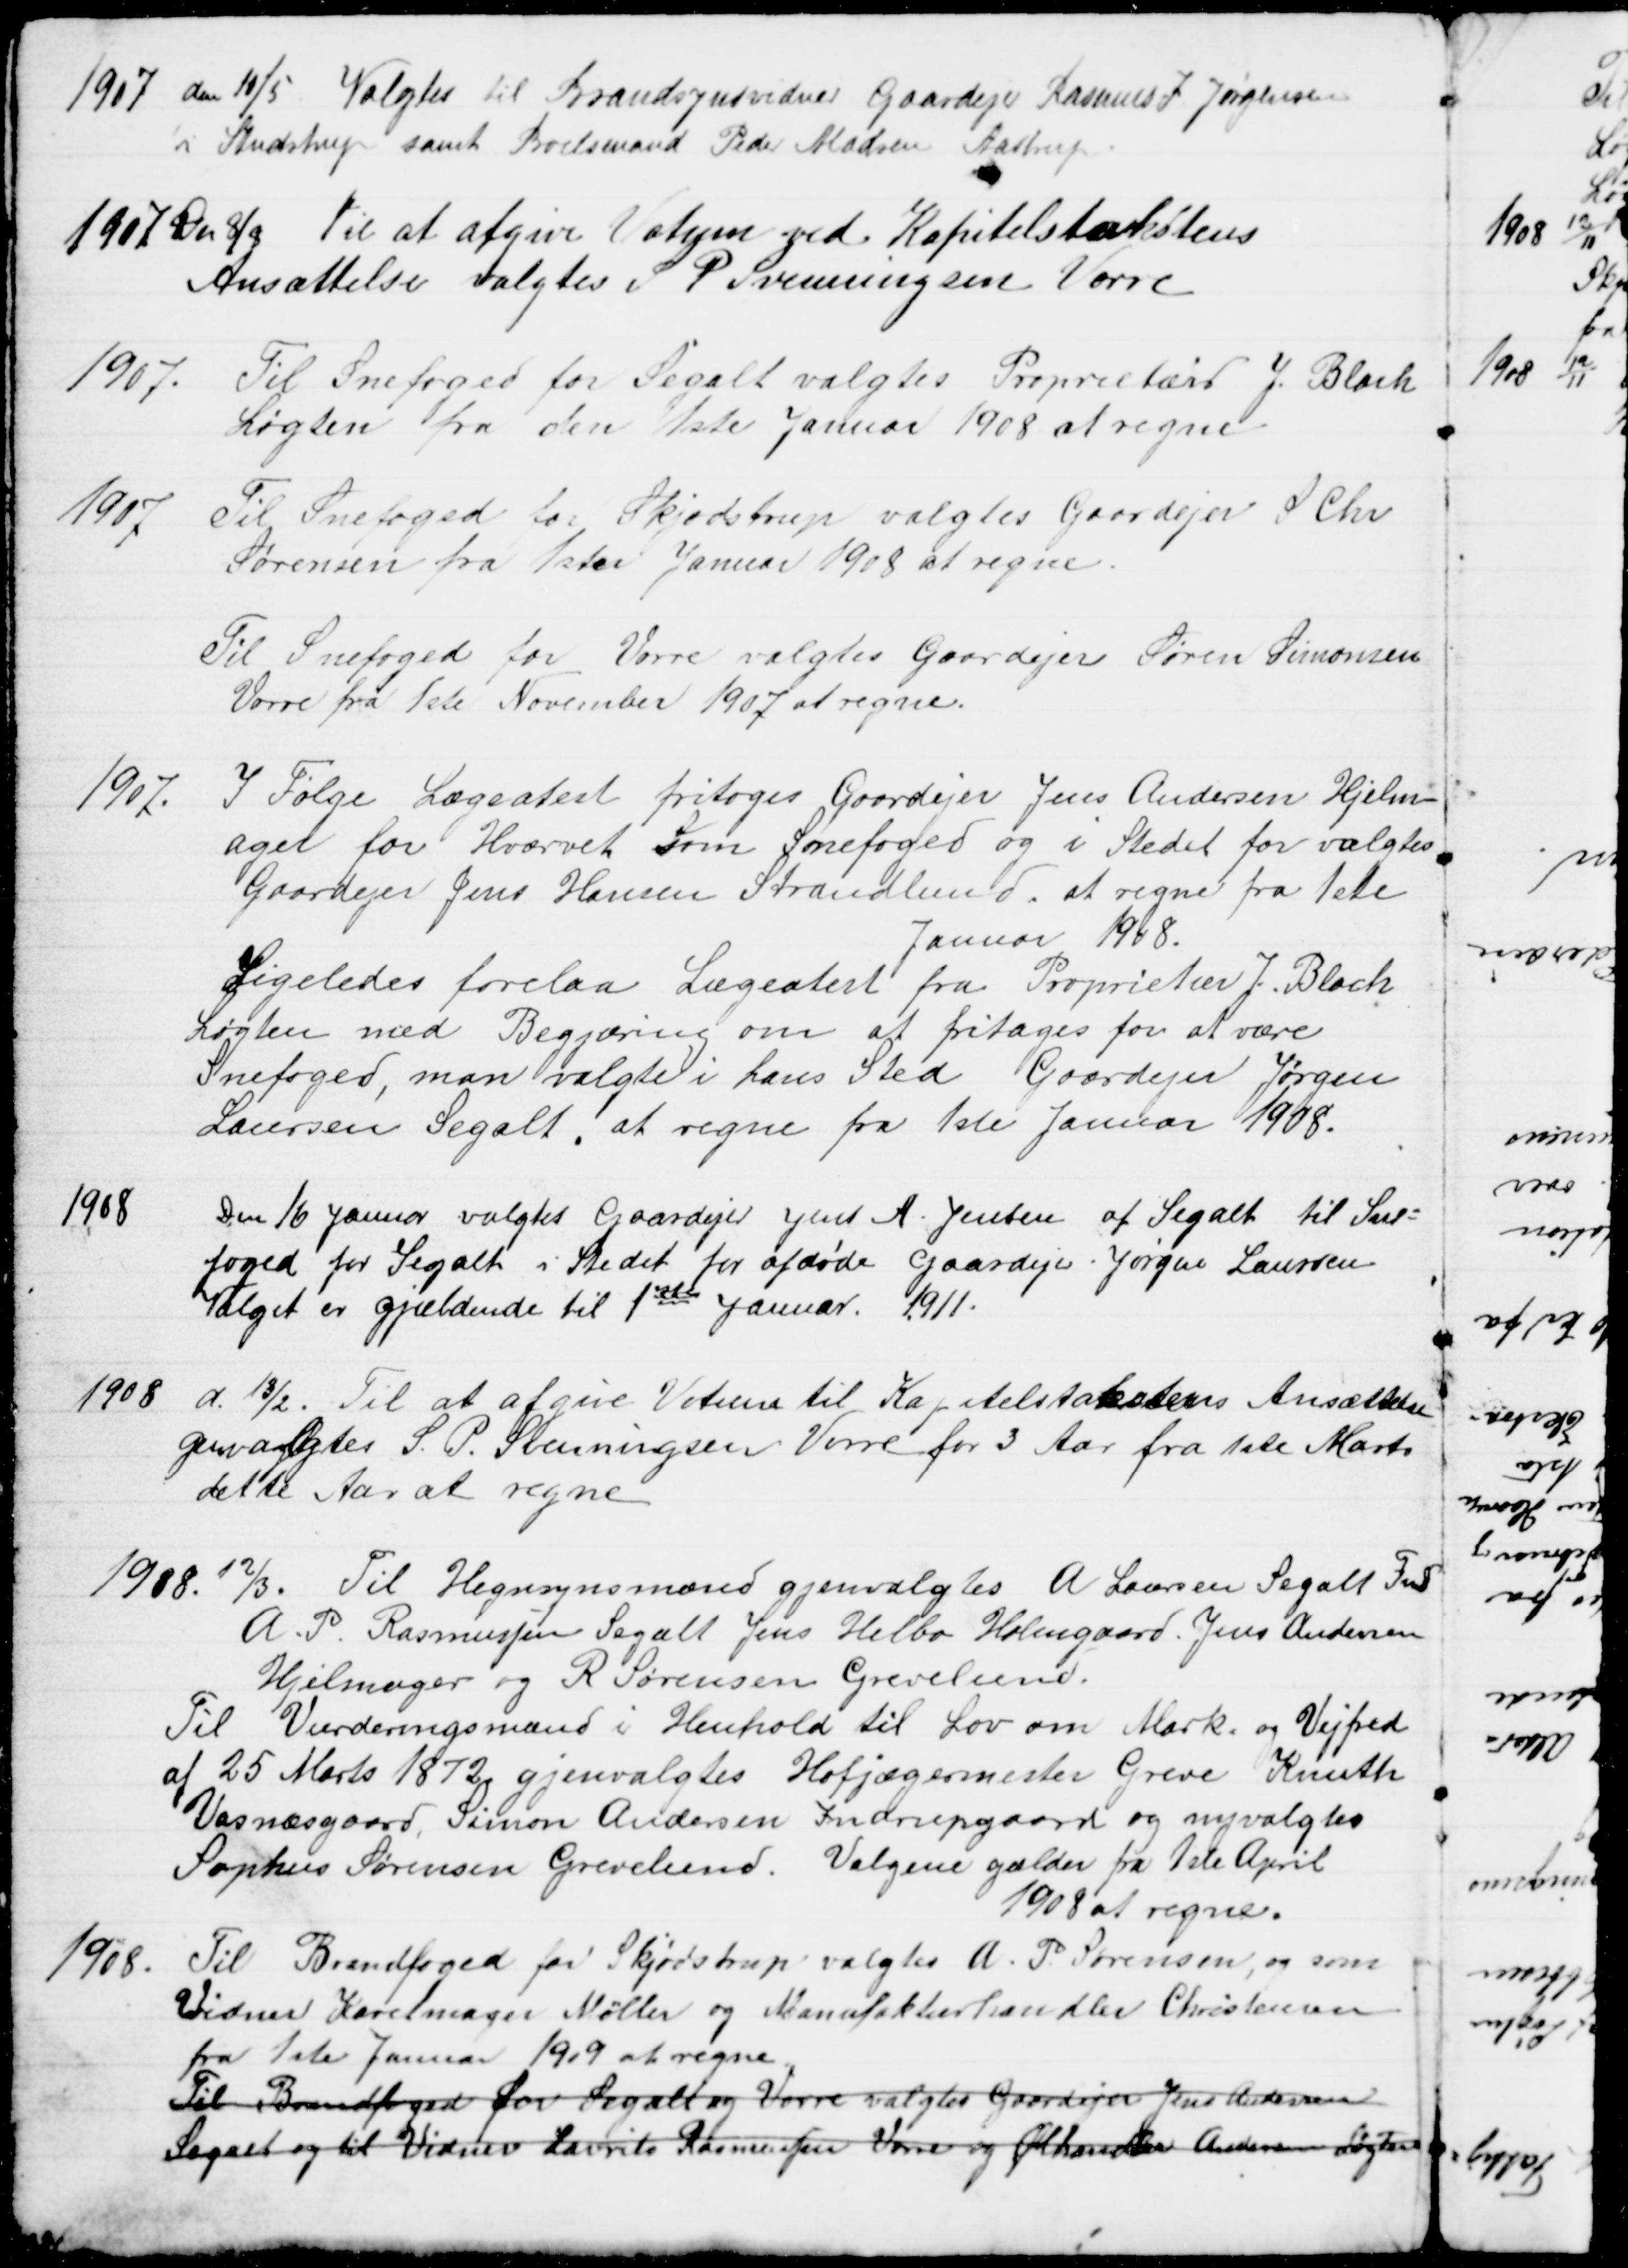
Transskription:
1907 den 10/5. Valgtes til Brandsynsvidner Gaardejer Rasmus I Jørgensen
i Studstrup samt Boelsmand Peder Madsen Aastrup
1907 Den 8/8 Til at afgive Votum ved Kapitelstakstens
Ansættelse valgtes S P Svenningsen Vorre
1907.
Til Snefoged for Segalt valgtes Proprietær J. Blach
Løgten fra den 1ste Januar 1908 at regne
1907
Til Snefoged for Skjødstrup valgtes Gaardejer S. Chr
Sørensen fra 1ste Januar 1908 at regne.
Til Snefoged for Vorre valgtes Gaardejer Søren Simonsen
Vorre fra 1ste November 1907 at regne.
1907.
I Følge Lægeatest fritoges Gaardejer Jens Andersen Hjelm-
ager for Hvervet som Snefoged og i Stedet for valgtes
Gaardejer Jens Hansen Strandlund, at regne fra 1ste
Januar 1908.
Ligeledes forelaa Lægeatest fra Proprietær J. Bloch
Løgten med Begjæring om at fritages for at være
Snefoged, man valgte i hans Sted Gaardejer Jørgen
Laursen Segalt, at regne fra 1ste Januar 1908.
1908
Den 16 Januar valgtes Gaardejer Jens A. Jensen af Segalt til Sne=
foged for Segalt i Stedet for afdøde Gaardejer Jørgen Laursen
Valget er gjældende til 1ste Januar 1911.
1908 d. 13/2. Til at afgive Votum til Kapitelstakstens Ansættelse
genvalgtes S. P. Svenningsen Vorre for 3 Aar fra 1ste Marts
dette Aar at regne
1908. 12/3. Til Hegnsynsmænd gjenvalgtes A Laursen Segalt Fmd
A. P. Rasmussen Segalt Jens Helbo Holmgaard. Jens Andersen
Hjelmager og R. Sørensen Grevelund.
Til Vurderingsmænd i Henhold til Lov om Mark og Vejfred
af 25 Marts 1872 gjenvalgtes Hofjægermester Greve Knuth
Vosnæsgaard, Simon Andersen Indrupgaard og nyvalgtes
Sophus Sørensen Grevelund. Valgene gælder fra 1ste April
1908 at regne.
1908.
Til Brandfoged for Skjødstrup valgtes A. P. Sørensen, og som
Vidner Karetmager Møller og Manufakturhandler Christensen
fra 1ste Januar 1919 at regne.
Til Brandfoged for Segalt og Vorre valgtes Gaardejer Jens Andersen
Segalt og til Vidner Laurits Rasmussen Vorre og Ølhandler Andersen Løgten